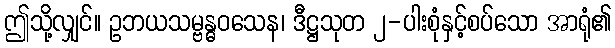
ဤသို့လျှင်။ ဥဘယသမ္ဗန္ဓဝသေန၊ ဒီဋ္ဌသုတ ၂-ပါးစုံနှင့်စပ်သော အာရုံ၏